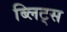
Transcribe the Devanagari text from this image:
ब्लिट्स